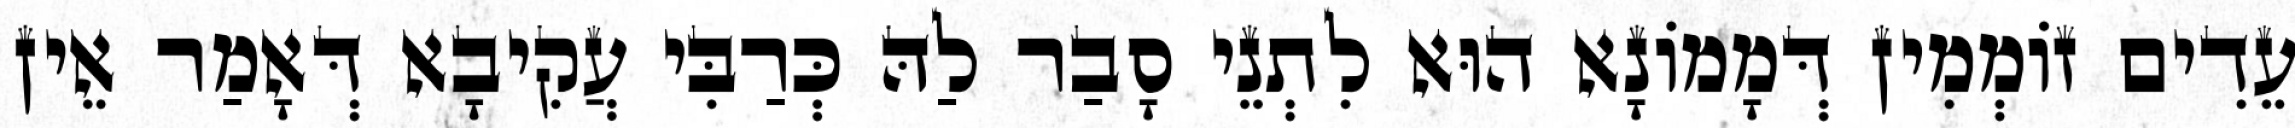
עֵדִים זוֹמְמִין דְּמָמוֹנָא הוּא לִתְנֵי סָבַר לַהּ כְּרַבִּי עֲקִיבָא דְּאָמַר אֵין